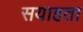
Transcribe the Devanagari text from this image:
सयाहता